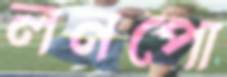
লনপো